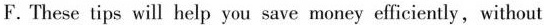
F. These tips will help you save money eficiently, without